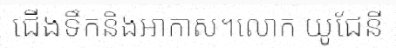
ជើងទឹកនិងអាកាស។លោក យូជែនី